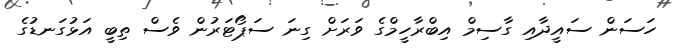
ހަސަން ސައީދާއި ގާސިމް އިބްރާހީމްގެ ވަރަށް ގިނަ ސަޕޯޓަރުން ވެސް ތިބީ އަޅުގަނޑުގެ